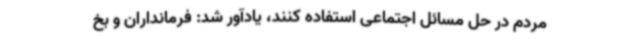
مردم در حل مسائل اجتماعی استفاده کنند، یادآور شد: فرمانداران و بخ